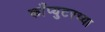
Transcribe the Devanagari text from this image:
काँप्युटरच्या